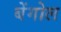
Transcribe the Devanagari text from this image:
बेंगोल